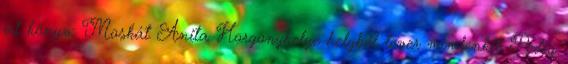
írt könyv: Moskát Anita Horgonyhelye helyből lever mindenkit. Pedig